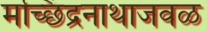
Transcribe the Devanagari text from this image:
मच्छिंद्रनाथाजवळ